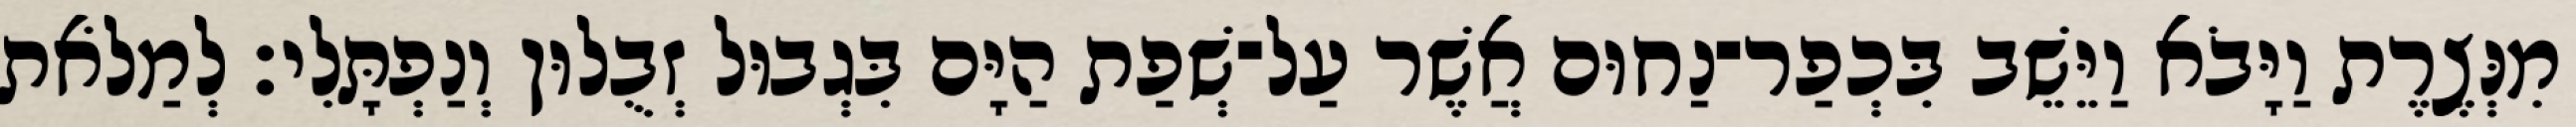
מִנְּצֶרֶת וַיָּבֹא וַיֵּשֵׁב בִּכְפַר־נַחוּם אֲשֶׁר עַל־שְׁפַת הַיָּם בִּגְבוּל זְבֻלוּן וְנַפְתָּלִי׃ לְמַלֹאת